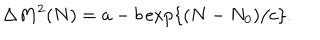
\Delta M ^ { 2 } ( N ) = a - b \exp \left\{ ( N - N _ { 0 } ) / c \right\} .